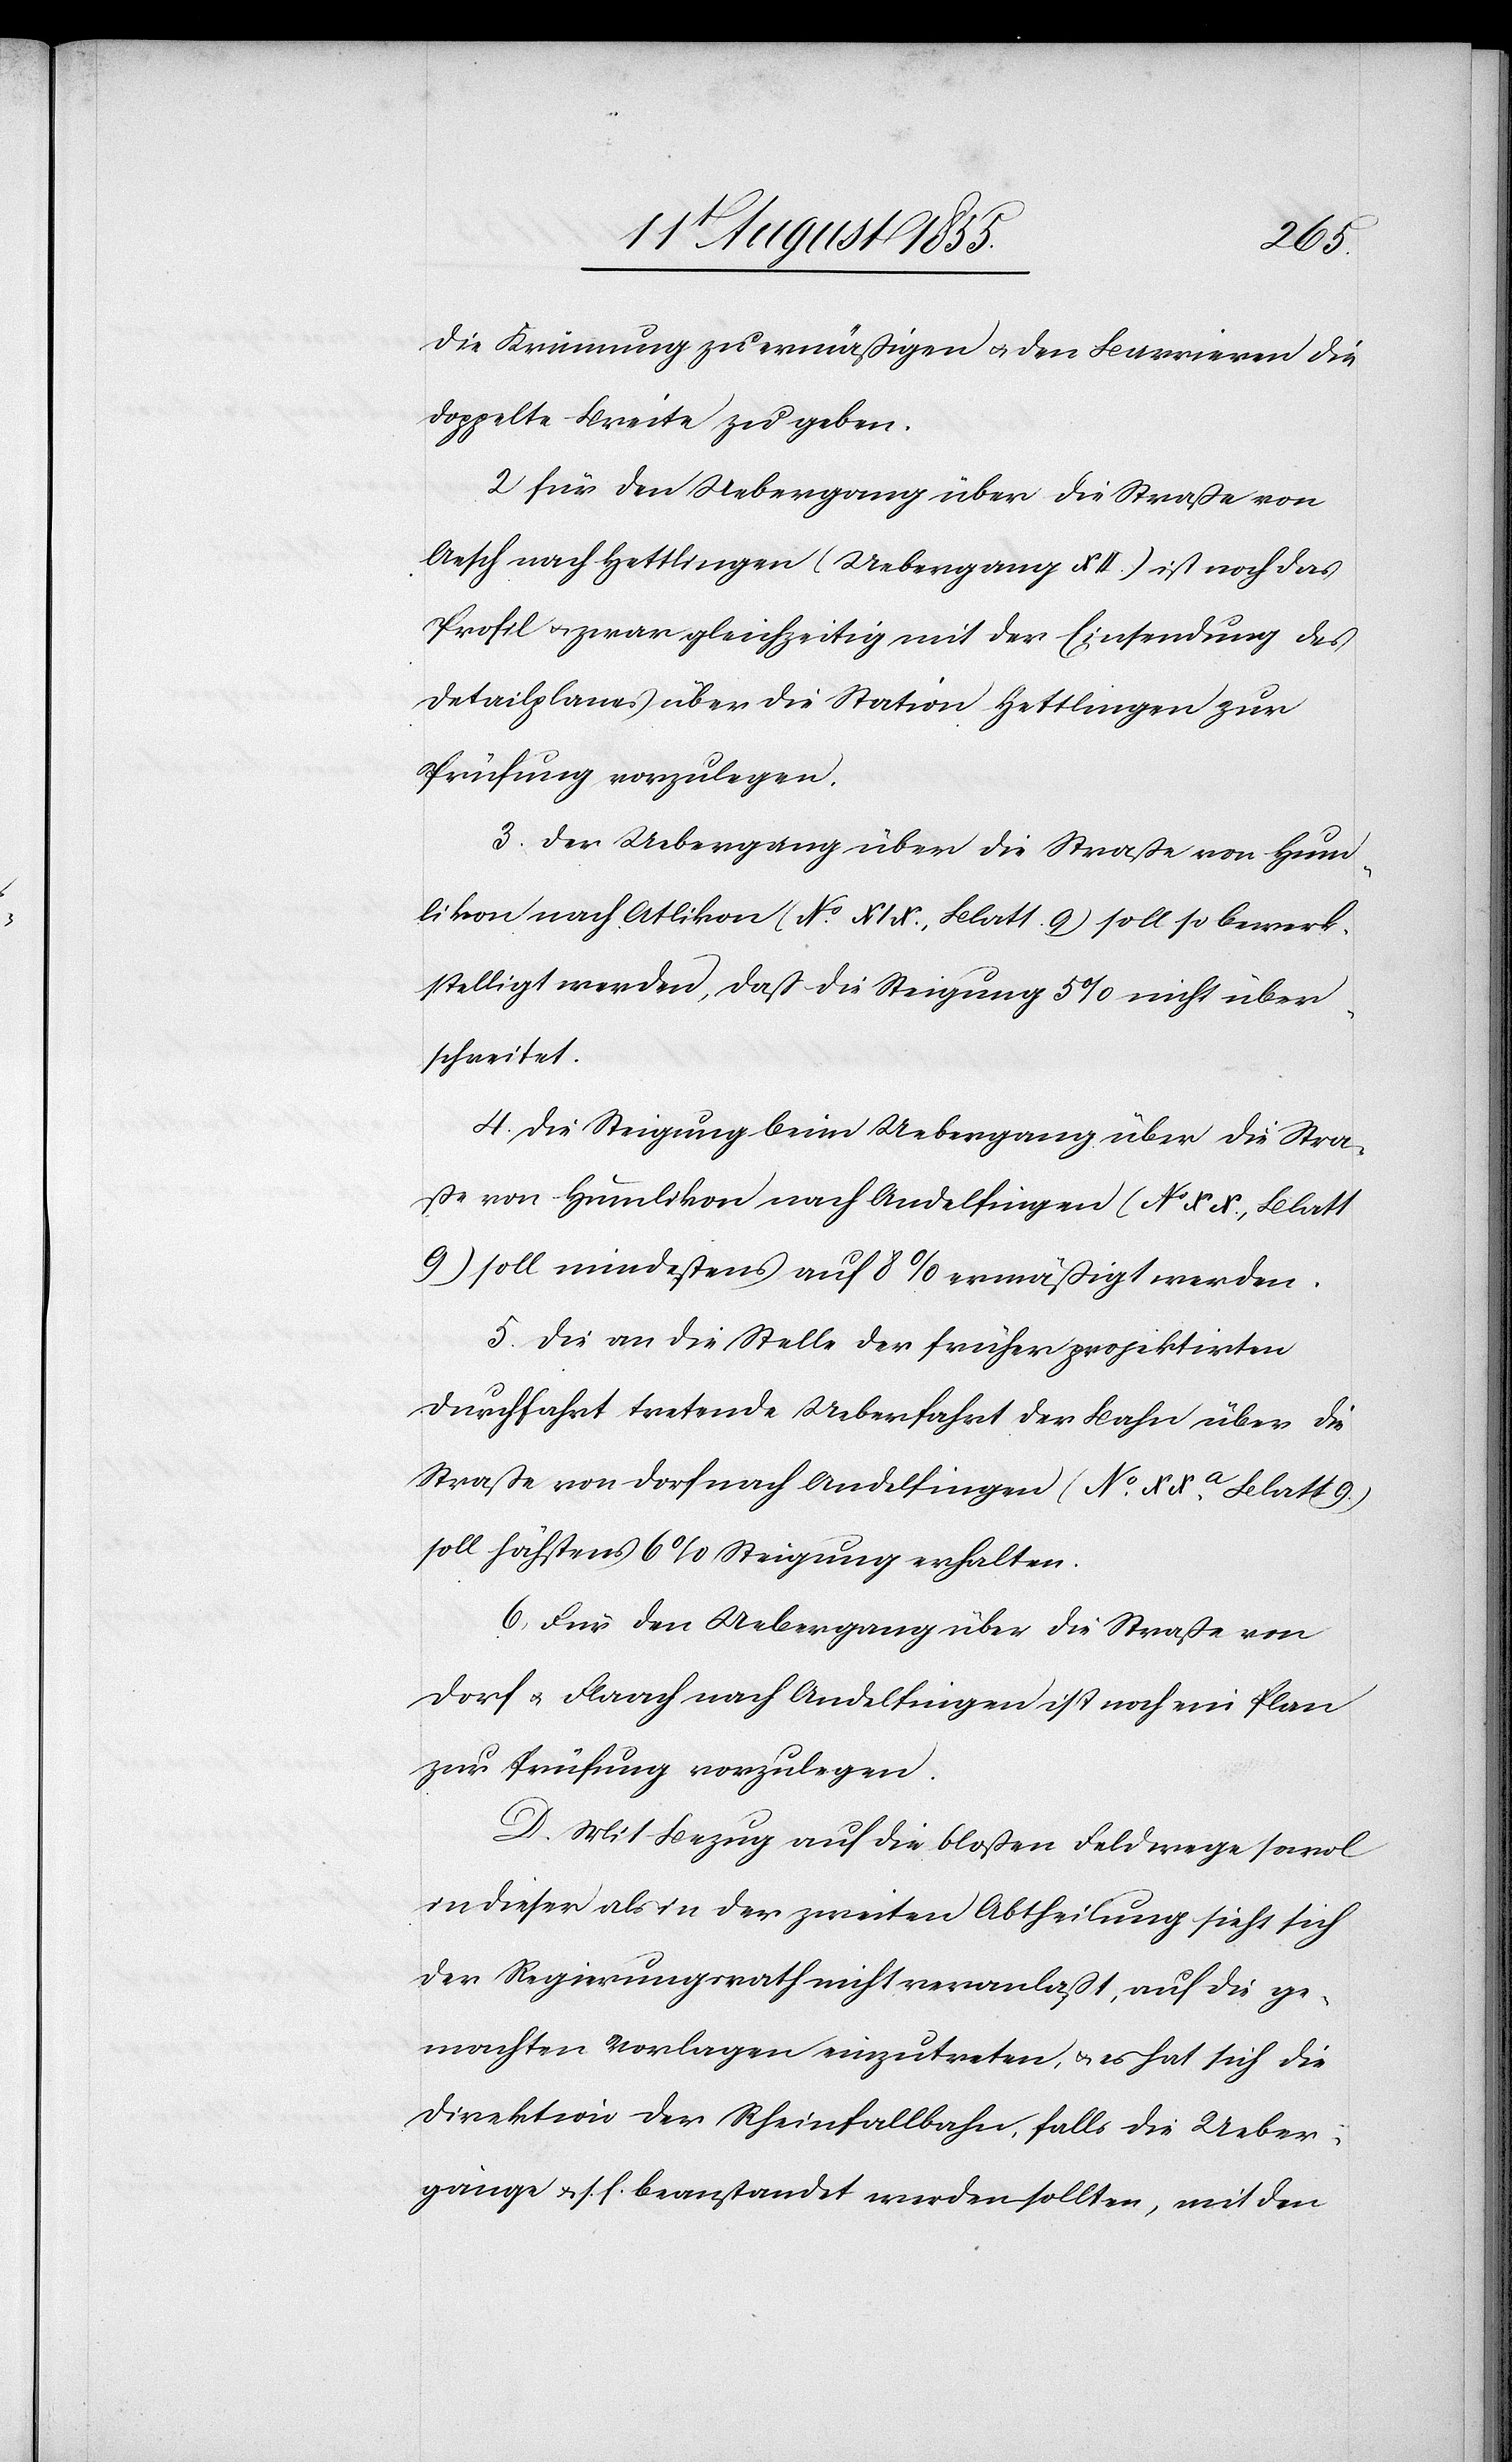
die Krüm[m]ung zu ermäßigen & den Barrieren die
doppelte Breite zu geben.
Für den Uebergang über die Straße von
Aesch nach Hettlingen (Uebergang XII.) ist noch das
Profil & zwar gleichzeitig mit der Einsendung des
Detailplanes über die Station Hettlingen zur
Prüfung vorzulegen.
Der Uebergang über die Straße von Hum¬
likon nach Atlikon [sic!] (No. XIX., Blatt 9) soll so bewerk¬
stelligt werden, daß die Steigung 5% nicht über¬
schreitet.
Die Steigung beim Uebergang über die Stra¬
ße von Humlikon nach Andelfingen (No XX., Blatt
9) soll mindestens auf 8% ermäßigt werden.
Die an die Stelle der früher projektirten
Durchfahrt tretende Ueberfahrt der Bahn über die
Straße von Dorf nach Andelfingen (No. XXa. Blatt 9.)
soll höchstens 6% Steigung erhalten.
Dorf & Flaach nach Andelfingen ist noch ein Plan
zur Prüfung vorzulegen.
Mit Bezug auf die bloßen Feldwege sowol
in dieser als in der zweiten Abtheilung sieht sich
der Regierungsrath nicht veranlaßt, auf die ge¬
machten Vorlagen einzutreten, & es hat sich die
Direktion der Rheinfallbahn, falls die Ueber¬
gänge & s. f. beanstandet werden sollten, mit den